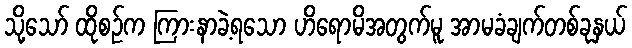
သို့သော် ထိုစဉ်က ကြားနာခဲ့ရသော ဟိရောမိအတွက်မူ အာမခံချက်တစ်ခုနှယ်